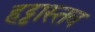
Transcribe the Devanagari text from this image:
हट्टास्तव